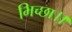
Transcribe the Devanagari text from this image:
भिच्‍छा।।